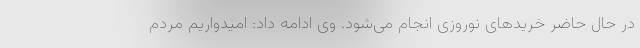
در حال حاضر خریدهای نوروزی انجام می‌شود. وی ادامه داد: امیدواریم مردم